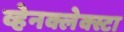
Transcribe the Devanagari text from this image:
व्हेनक्लेक्स्टा